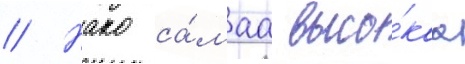
// Нако са́маа высо́каа